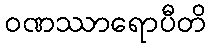
ဝဏဿာရောပီတိ